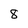
Character: 8